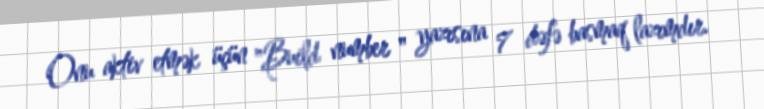
Onu aktiv etmək üçün "Build number " yazısına 7 dəfə basmaq lazımdır.